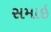
સમાઇ